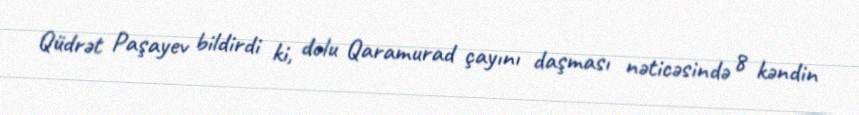
Qüdrət Paşayev bildirdi ki, dolu Qaramurad çayını daşması nəticəsində 8 kəndin